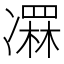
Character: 𠘏